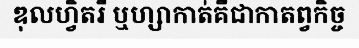
ឌុលហ្វិតរី ឬហ្សាកាត់គឺជាកាតព្វកិច្ច